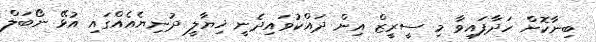
ބިނާކޮށް ހަދާފައިވާ މި ސީރީޒް އިން ދައްކުވައިދެނީ ޚިޔާލީ ދުނިޔެއެއްގައި އުޅޭ ނޯބަލް